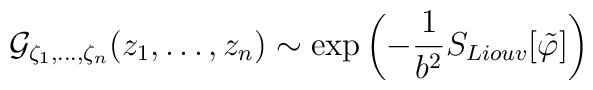
{\cal G}_{\zeta_1,\ldots,\zeta_n}(z_1,\ldots,z_n) \sim\exp{\left( -{1\over b^2} S_{Liouv}[\tilde{\varphi}]\right)}